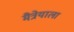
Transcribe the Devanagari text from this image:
मैत्रेयाला